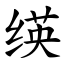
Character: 绬